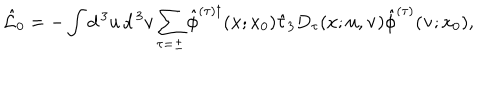
\hat { \cal L } _ { 0 } = - \int d ^ { \, 3 } u \, d ^ { \, 3 } v \sum _ { \tau = \pm } \hat { \phi } ^ { ( \tau ) \dagger } ( { \bf x } ; x _ { 0 } ) \hat { \tau } _ { 3 } D _ { \tau } ( x ; { \bf u } , { \bf v } ) \hat { \phi } ^ { ( \tau ) } ( { \bf v } ; x _ { 0 } ) ,